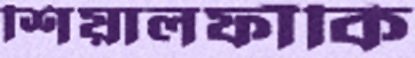
শিয়ালফাঁকি